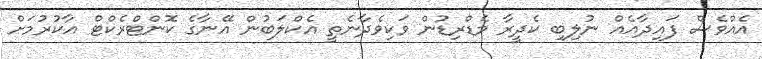
އެއްވެސް ފައިދާއެއް ނުލިބި ކެދީރާ މެޑްރިޑުން ވަކިވެދާނެތީ އެކްލަބުން އޭނާގެ ކޮންޓްރެކްޓް އާކުރުމަށް